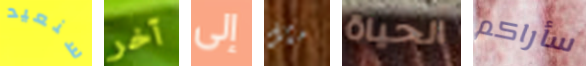
سنعيد آخر إلى مثل الحياة سأراكم